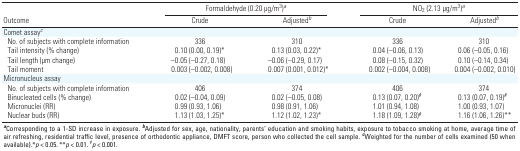
<table><thead><tr><td rowspan="2"><b>Outcome</b></td><td colspan="2"><b>Formaldehyde (0.20 μg/m<sup>3</sup>)<sup><i>a</i></sup></b></td><td colspan="2"><b>NO<sub>2</sub> (2.13 μg/m<sup>3</sup>)<sup><i>a</i></sup></b></td></tr><tr><td><b>Crude</b></td><td><b>Adjusted<sup><i>b</i></sup></b></td><td><b>Crude</b></td><td><b>Adjusted<sup><i>b</i></sup></b></td></tr></thead><tbody><tr><td><b>Comet assay<sup><i>c</i></sup></b></td></tr><tr><td><b>No. of subjects with complete information</b></td><td>336</td><td>310</td><td>336</td><td>310</td></tr><tr><td><b>Tail intensity (% change)</b></td><td>0.10 (0.00, 0.19)*</td><td>0.13 (0.03, 0.22)*</td><td>0.04 (–0.06, 0.13)</td><td>0.06 (–0.05, 0.16)</td></tr><tr><td><b>Tail length (μm change)</b></td><td>–0.05 (–0.27, 0.18)</td><td>–0.06 (–0.29, 0.17)</td><td>0.08 (–0.15, 0.32)</td><td>0.10 (–0.14, 0.34)</td></tr><tr><td><b>Tail moment</b></td><td>0.003 (–0.002, 0.008)</td><td>0.007 (0.001, 0.012)*</td><td>0.002 (–0.004, 0.008)</td><td>0.004 (–0.002, 0.010)</td></tr><tr><td><b>Micronucleus assay</b></td></tr><tr><td><b>No. of subjects with complete information</b></td><td>406</td><td>374</td><td>406</td><td>374</td></tr><tr><td><b>Binucleated cells (% change)</b></td><td>0.02 (–0.04, 0.09)</td><td>0.02 (–0.05, 0.08)</td><td>0.13 (0.07, 0.20)<sup>#</sup></td><td>0.13 (0.07, 0.19)<sup>#</sup></td></tr><tr><td><b>Micronuclei (RR)</b></td><td>0.99 (0.93, 1.06)</td><td>0.98 (0.91, 1.06)</td><td>1.01 (0.94, 1.08)</td><td>1.00 (0.93, 1.07)</td></tr><tr><td><b>Nuclear buds (RR)</b></td><td>1.13 (1.03, 1.25)*</td><td>1.12 (1.02, 1.23)*</td><td>1.18 (1.09, 1.28)<sup>#</sup></td><td>1.16 (1.06, 1.26)**</td></tr><tr><td colspan="5"><sup><i><b>a</b></i></sup>Corresponding to a 1-SD increase in exposure. <sup><i><b>b</b></i></sup>Adjusted for sex, age, nationality, parents’ education and smoking habits, exposure to tobacco smoking at home, average time of air refreshing, residential traffic level, presence of orthodontic appliance, DMFT score, person who collected the cell sample. <sup><i><b>c</b></i></sup>Weighted for the number of cells examined (50 when available).*<i>p </i>&lt; 0.05. **<i>p </i>&lt; 0.01. <sup>#</sup><i>p </i>&lt; 0.001.</td></tr></tbody></table>